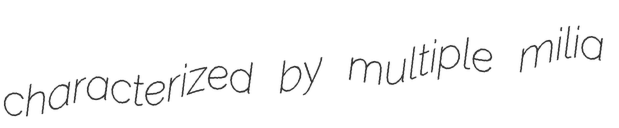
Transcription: characterized by multiple milia